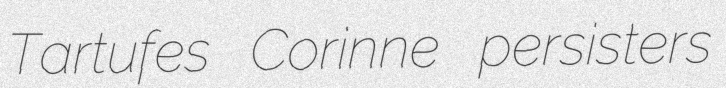
Tartufes Corinne persisters